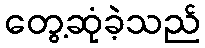
တွေ့ဆုံခဲ့သည်